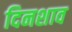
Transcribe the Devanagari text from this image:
दिनशाव